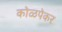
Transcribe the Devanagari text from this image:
कोळपेकर